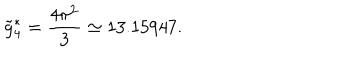
LaTeX: \tilde { g } _ { 4 } ^ { * } = \frac { 4 \pi ^ { 2 } } { 3 } \simeq 1 3 . 1 5 9 4 7 .